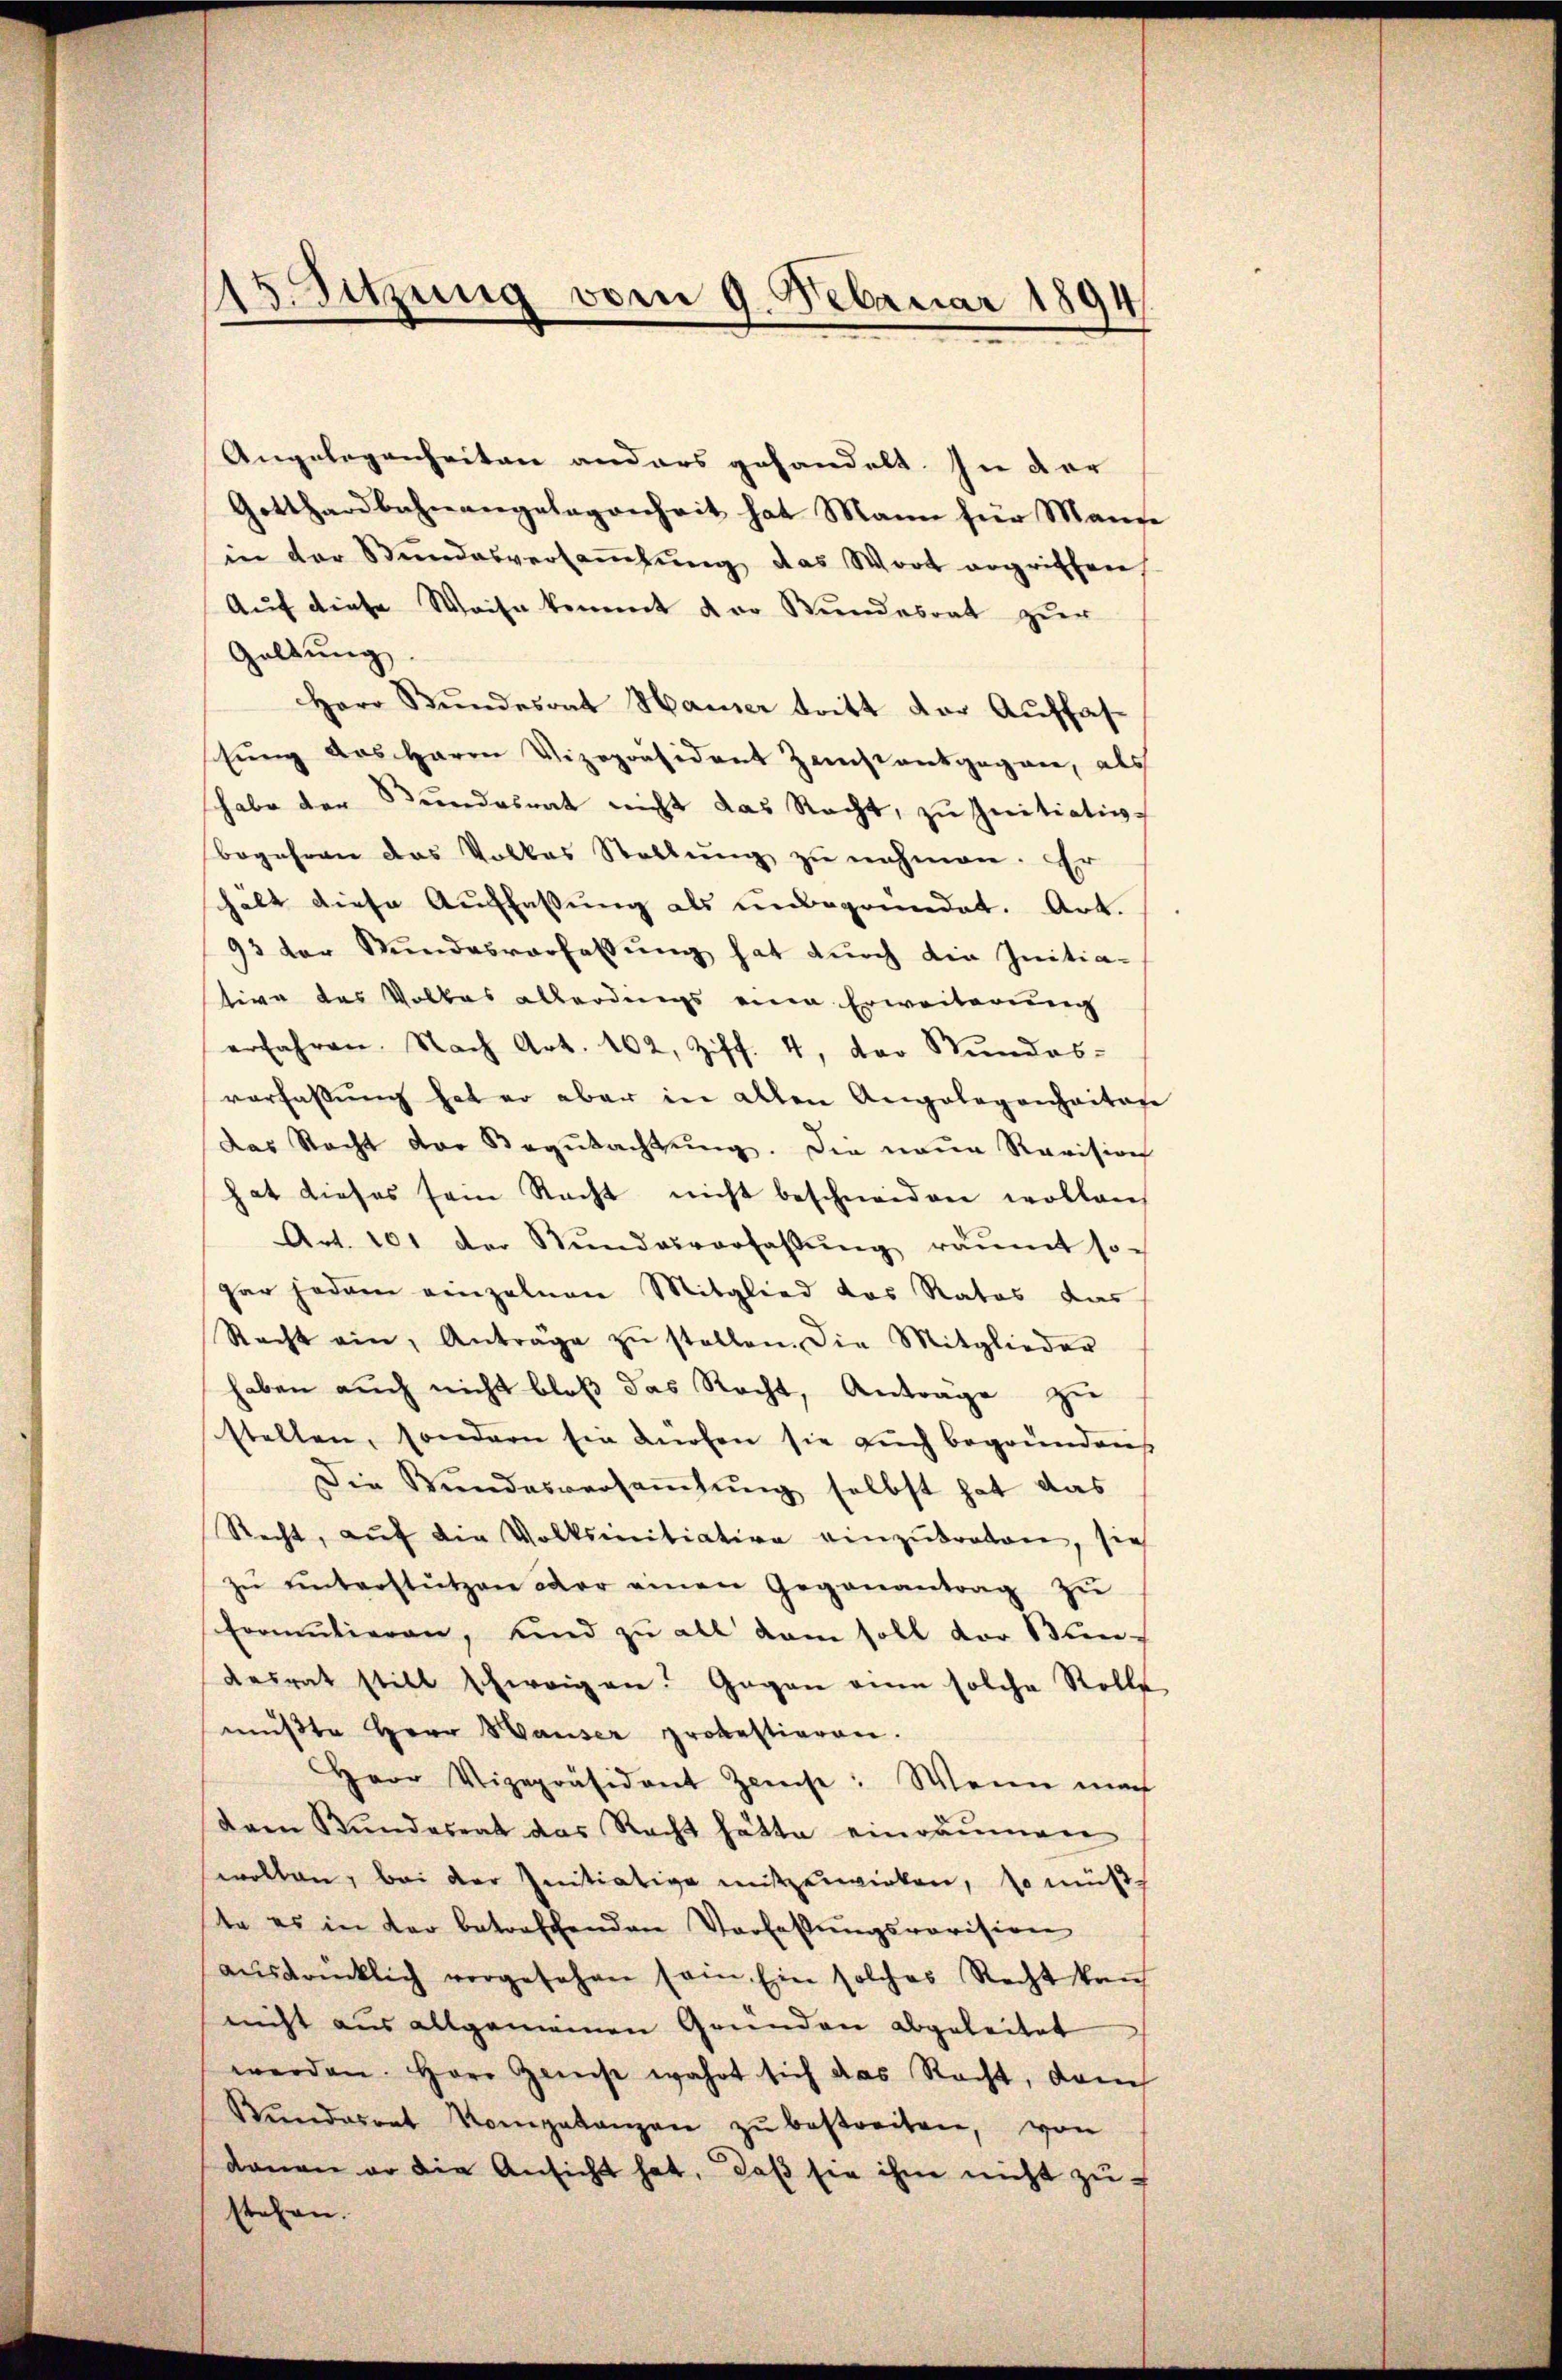
15. Sitzung vom 9. Februar 1894

Angelegenheiten anders gehandelt. In der
Gotthardbahnangelegenheit hat Mann für Manne
in der Stundesversaṁlŭng das Wort ergriffen
Auf diese Weise kommt der Bundesrat zur
Geltung
Herr Bundesrat Hauser tritt der Auffastŭng des Herrn Vizepräsident Zeichtantgegen, als
habe der Stŭndesrat nicht das Recht, zu Initiativ-
begehren das Volkes Stellŭng zŭ nehmen. Er
halt diese Auffassung als unbegründet. Art.
93 der Stundesverfassung hat durch die Initia-
tive des Volkes allerdings eine Erweiterung
erfahren. Nach Art. 162, Ziff. 4, der Stŭndes-
verfassŭng hat er aber in allen Angelegenheitere
das Recht der Begutachtung. Die neue Revision
hat dieses sein Recht nicht beschneiden wollen,
Art. 101 der Rŭndesverfaβŭng räŭmt so-
gar jedem einzelnen Mitglied das Rates das
Recht ein, Anträge zŭ stellen. Die Mitglieder
haben auch nicht bloß das Recht, Anträge zu
stellen, sondern sie dürfen sie auch begründen
Die Bundesversammlung selbst hat das
Recht, aŭf die Volksinitiation einzŭtreten, sie
zŭ ŭnterstützen der einen Gegenantrag zŭ
Froutieren, Kind zu all kam soll vor Bundesrat still schweigen. Gegen eine solche Rolle
mŭβte Herr Hauser protestieren.
Herr Vizepräsident Zinse: Wenn mach
dren Bundesrat das Recht hätte einräumen
wollen, bei der Initiative mitzuwirken, so müß
te es in der betreffenden Verfaßungsrevision
aŭsdrücklich vorgesehen sein. Ein solches Recht kauf
nicht aus allgemeinen Gründen abgeleitet
werden. Herr Geist wahrt sich das Recht, dann
Kŭndesrat Kompetanzen zŭ bestreiten, von
damen er die Ansicht hat, daβ sie ihm nicht zŭ-
stehen.